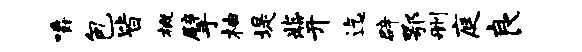
嚼包皆概擘柚堤兆笄迄辟鄂删庭良